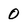
Character: 0